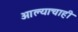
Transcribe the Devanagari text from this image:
आल्याचाही